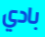
بادي